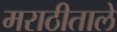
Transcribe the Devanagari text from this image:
मराठीताले